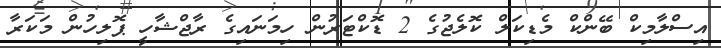
އިސްލާމިކް ބޭންކް މެޑިކަލް ކޮލެޖުގެ 2 ޑޮކްޓަރުން ހިމަނައިގެ ރާޖްޝާހީ ޕޮލިހުން މަކަރާ